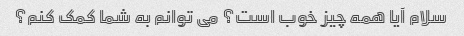
سلام آیا همه چیز خوب است؟ می توانم به شما کمک کنم؟